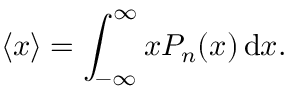
\langle x \rangle = \int _ { - \infty } ^ { \infty } x P _ { n } ( x ) \, \mathrm { d } x .